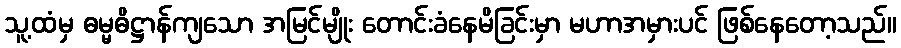
သူ့ထံမှ ဓမ္မဓိဋ္ဌာန်ကျသော အမြင်မျိုး တောင်းခံနေမိခြင်းမှာ မဟာအမှားပင် ဖြစ်နေတော့သည်။